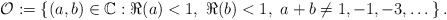
\begin{align*}\mathcal{O}:=\{(a,b)\in\mathbb{C}:\Re(a)<1,\ \Re(b)<1,\ a+b\ne1,-1,-3,\dots\}\,.\end{align*}